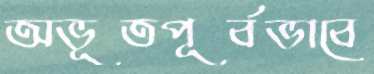
অভূতপূর্বভাবে